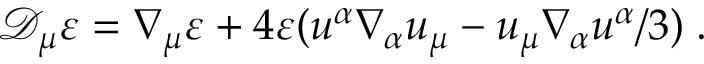
\mathcal { D } _ { \mu } \varepsilon = \nabla _ { \mu } \varepsilon + 4 \varepsilon ( u ^ { \alpha } \nabla _ { \alpha } u _ { \mu } - u _ { \mu } \nabla _ { \alpha } u ^ { \alpha } / 3 ) \; .